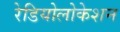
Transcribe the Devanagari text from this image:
रेडियोलोकेशन